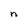
Character: n